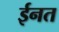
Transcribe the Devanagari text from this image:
ईनत